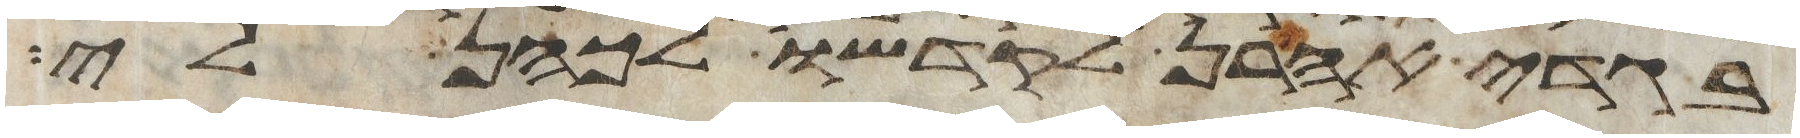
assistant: בגדי אהרן לקדשו לכהן לי